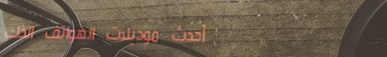
أحدث موديلات الهواتف الذك